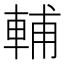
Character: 輔